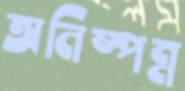
অনিষ্পন্ন